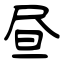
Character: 昼